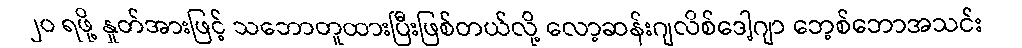
၂၀ ရဖို့ နှုတ်အားဖြင့် သဘောတူထားပြီးဖြစ်တယ်လို့ လော့ဆန်းဂျလိစ်ဒေါ့ဂျာ ဘေ့စ်ဘောအသင်း